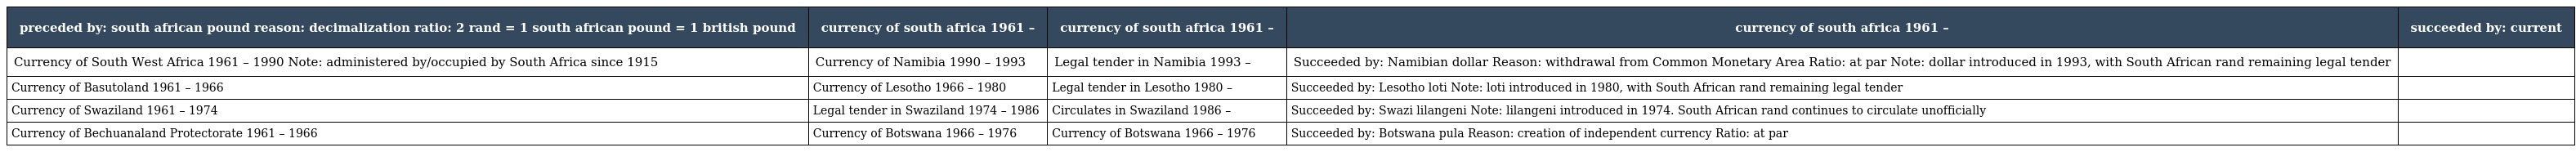
| preceded by: south african pound reason: decimalization ratio: 2 rand = 1 south african pound = 1 british pound | currency of south africa 1961 – | currency of south africa 1961 – | currency of south africa 1961 – | succeeded by: current |
 | --- | --- | --- | --- | --- |
 | Currency of South West Africa 1961 – 1990 Note: administered by/occupied by South Africa since 1915 | Currency of Namibia 1990 – 1993 | Legal tender in Namibia 1993 – | Succeeded by: Namibian dollar Reason: withdrawal from Common Monetary Area Ratio: at par Note: dollar introduced in 1993, with South African rand remaining legal tender |  |
 | Currency of Basutoland 1961 – 1966 | Currency of Lesotho 1966 – 1980 | Legal tender in Lesotho 1980 – | Succeeded by: Lesotho loti Note: loti introduced in 1980, with South African rand remaining legal tender |  |
 | Currency of Swaziland 1961 – 1974 | Legal tender in Swaziland 1974 – 1986 | Circulates in Swaziland 1986 – | Succeeded by: Swazi lilangeni Note: lilangeni introduced in 1974. South African rand continues to circulate unofficially |  |
 | Currency of Bechuanaland Protectorate 1961 – 1966 | Currency of Botswana 1966 – 1976 | Currency of Botswana 1966 – 1976 | Succeeded by: Botswana pula Reason: creation of independent currency Ratio: at par |  |